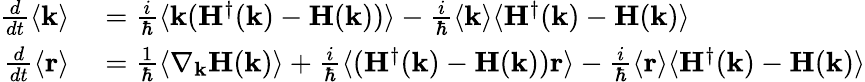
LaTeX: \begin{array}{rl}{\frac{d}{dt}\langle\mathbf{k}\rangle}&{{}=\frac{i}{\hbar}\langle\mathbf{k}(\mathbf{H}^{\dagger}(\mathbf{k})-\mathbf{H}(\mathbf{k}))\rangle-\frac{i}{\hbar}\langle\mathbf{k}\rangle\langle\mathbf{H}^{\dagger}(\mathbf{k})-\mathbf{H}(\mathbf{k})\rangle}\\ {\frac{d}{dt}\langle\mathbf{r}\rangle}&{{}=\frac{1}{\hbar}\langle\nabla_{\mathbf{k}}\mathbf{H}(\mathbf{k})\rangle+\frac{i}{\hbar}\langle(\mathbf{H}^{\dagger}(\mathbf{k})-\mathbf{H}(\mathbf{k}))\mathbf{r}\rangle-\frac{i}{\hbar}\langle\mathbf{r}\rangle\langle\mathbf{H}^{\dagger}(\mathbf{k})-\mathbf{H}(\mathbf{k})\rangle}\end{array}